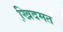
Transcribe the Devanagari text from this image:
खि़दमत